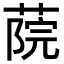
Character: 𦶤